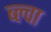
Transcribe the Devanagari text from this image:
ब्ल्वा